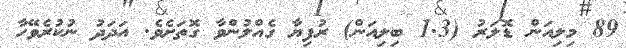
89 މިލިއަން ޑޮލަރު (1.3 ބިލިއަން) ރުފިޔާ ގެއްލުންވާ ގޮތަށެވެ. އަދަދު ނުކުރެވޭހާ